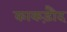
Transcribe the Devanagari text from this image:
काकड़ौद